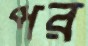
পর